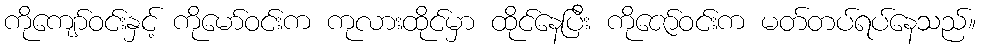
ကိုကျော်ဝင်းနှင့် ကိုမော်ဝင်းက ကုလားထိုင်မှာ ထိုင်နေပြီး ကိုဇော်ဝင်းက မတ်တပ်ရပ်နေသည်။